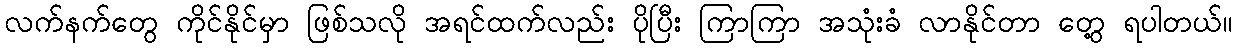
လက်နက်တွေ ကိုင်နိုင်မှာ ဖြစ်သလို အရင်ထက်လည်း ပိုပြီး ကြာကြာ အသုံးခံ လာနိုင်တာ တွေ့ ရပါတယ်။